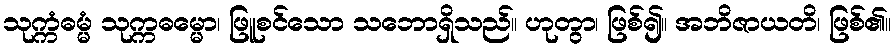
သုက္ကံဓမ္မံ သုက္ကဓမ္မော၊ ဖြူစင်သော သဘောရှိသည်။ ဟုတွာ၊ ဖြစ်၍။ အဘိဇာယတိ၊ ဖြစ်၏။